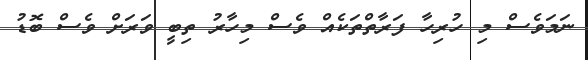
ނަމަވެސް މި ހުރިހާ ފަރާތްތަކެއް ވެސް މިހާރު ތިބީ ވަރަށް ވެސް ބޮޑު